Papers set at the Examination for Leaving Certificates, 1889
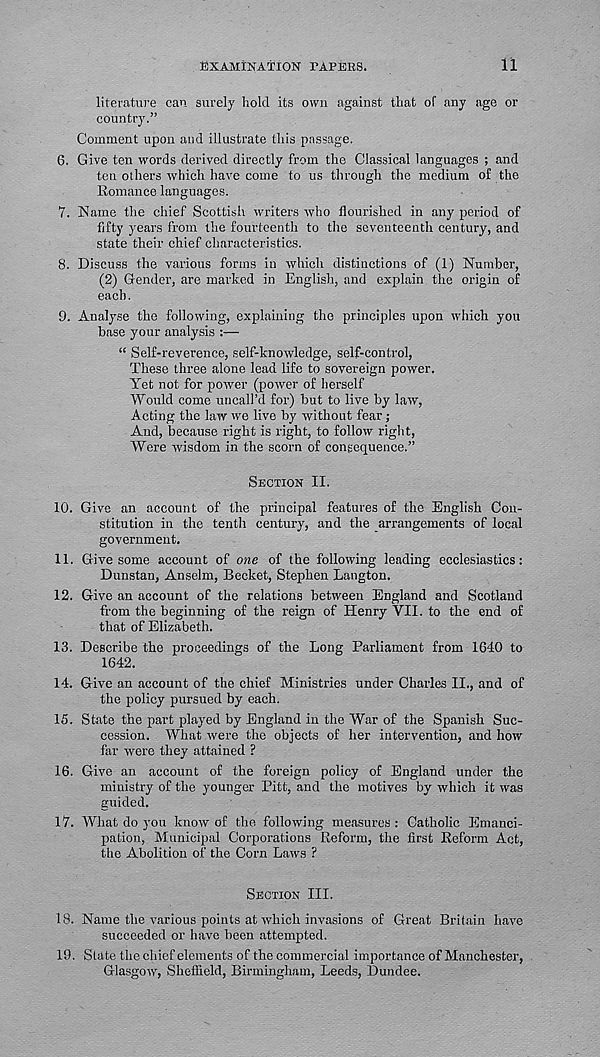
EXAMINATION TAPERS.
11
literature can surely hold its own against that of any age or
country.”
Comment upon and illustrate this passage.
6. Give ten words derived directly from the Classical languages ; and
ten others which have come to us through the medium of the
Romance languages.
7. Name the chief Scottish writers who flourished in any period of
fifty years from the fourteenth to the seventeenth century, and
state their chief characteristics.
8. Discuss the various forms in which distinctions of (1) Number,
(2) Gender, are marked in English, and explain the origin of
each.
9. Analyse the following, explaining the principles upon which you
base your analysis :—
“ Self-reverence, self-knowledge, self-control,
These three alone lead life to sovereign power.
Yet not for power (power of herself
Would come uncall’d for) hut to live by law,
Acting the law we live by without fear;
And, because right is right, to follow right,
Were wisdom in the scorn of consequence.”
SECTION II.
10. Give an account of the principal features of the English Con-
stitution in the tenth century, and the arrangements of local
government.
11. Give some account of one of the following leading ecclesiastics:
Dunstan, Anselm, Becket, Stephen Langton.
12. Give an account of the relations between England and Scotland
from the beginning of the reign of Henry VII. to the end of
that of Elizabeth.
13. Describe the proceedings of the Long Parliament from 1640 to
1642.
14. Give an account of the chief Ministries under Charles II., and of
the policy pursued by each.
15. State the part played by England in the War of the Spanish Suc-
cession. What were the objects of her intervention, and how
far were they attained ?
16. Give an account of the foreign policy of England under the
ministry of the younger Pitt, and the motives by which it was
guided.
17. What do you know of the. following measures : Catholic Emanci-
pation, Municipal Corporations Reform, the first Reform Act,
the Abolition of the Corn Laws ?
SECTION III.
18. Name the various points at which invasions of Great Britain have
succeeded or have been attempted.
19. State the chief elements of the commercial importance of Manchester,
Glasgow, Sheffield, Birmingham, Leeds, Dundee.